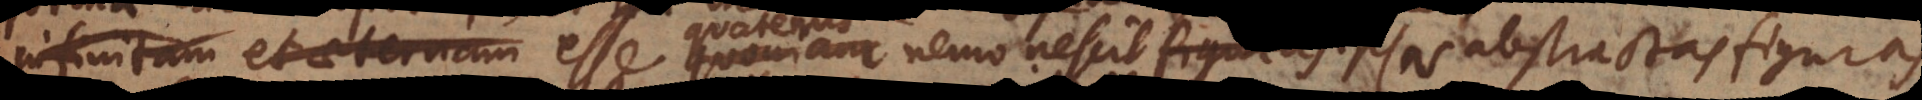
infinitam et aeternam esse quoniam nemo nescit figuras ipsas Geometricas abstractas